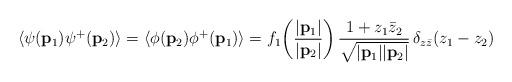
LaTeX: \begin{align*}\langle\psi({\bf p}_1)\psi^+({\bf p}_2)\rangle=\langle\phi({\bf p}_2)\phi^+({\bf p}_1)\rangle=f_1\!\left(\frac{|{\bf p}_1|}{|{\bf p}_2|}\right)\frac{1+z_1\bar{z}_2}{\sqrt{|{\bf p}_1||{\bf p}_2|}}\,\delta_{z\bar{z}}(z_1-z_2)\end{align*}